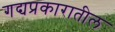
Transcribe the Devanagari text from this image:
गद्यप्रकारातील